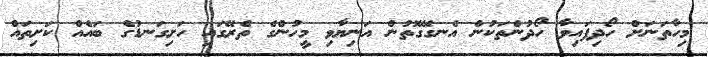
މިހާތަނަށް ހޯދިފައިވާ ހޯދުންތަކުން އެނގޭގޮތުން އަނިޔާވި މީހުންގެ ތެރޭގައި ހަށިގަނޑުގެ ބައެއް ކަށިތައް